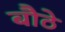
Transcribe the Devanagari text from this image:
बौठे